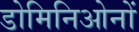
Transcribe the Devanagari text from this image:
डोमिनिओनों